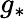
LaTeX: g_{*}